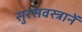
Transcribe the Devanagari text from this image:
सुरसवस्त्रानें